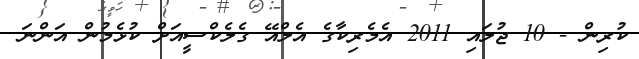
ކުރިން - 10 ޖުލައި 2011 އެމެރިކާގެ އެލްއޭ ގެލެކްސީއަށް ކުޅެމުން އަންނަ